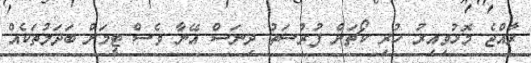
ރާއްޖެ މޮޅުވިއިރު ހުރި ކޯޗަށް ފުރުސަތު ދިނަސް އޭނާ ވެސް ޓީމަށް ބަދަލުތަކެއް